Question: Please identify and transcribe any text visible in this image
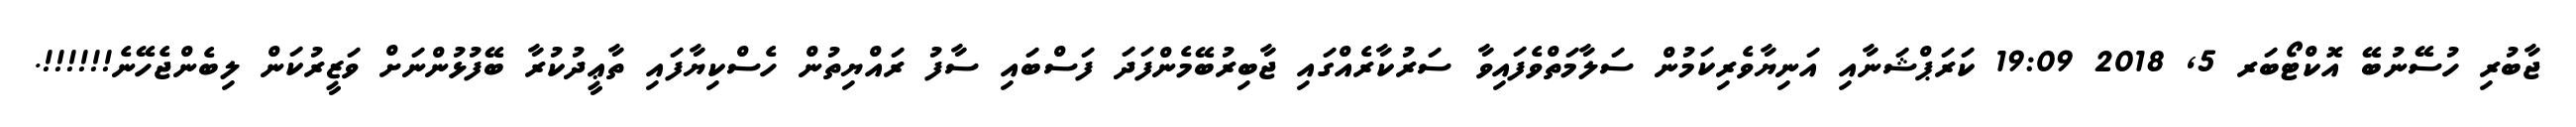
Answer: ޖާބުރި ހުސޭނުބޭ އޮކްޓޯބަރ 5, 2018 19:09 ކަރަޕްޝަނާއި އަނިޔާވެރިކަމުން ސަލާމަތްވެފައިވާ ސަރުކާރެއްގައި ޖާބިރުބޭމެންފަދަ ފަސްބައި ސާފު ރައްޔިތުން ހެސްކިޔާފައި ތާޢީދުކުރާ ބޭފުޅުންނަށް ވަޒީރުކަން ލިބެންޖެހޭނެ!!!!!!.